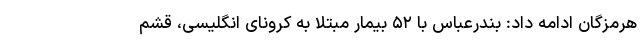
هرمزگان ادامه داد: بندرعباس با ۵۲ بیمار مبتلا به کرونای انگلیسی، قشم